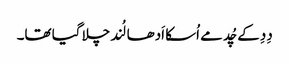
دِدِ کے چُد مے اُسکا اَدھا لُند چلا گیا تھا۔